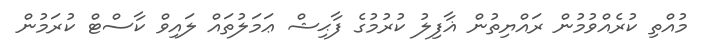
މުއްތި ކުރެއްވުމުން ރައްޔިތުން ޣާފިލު ކުރުމުގެ ފާޙިޝް ޢަމަލުތައް ލައިވް ކާސްޓް ކުރަމުން